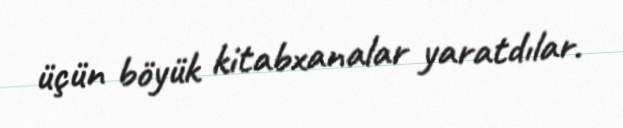
üçün böyük kitabxanalar yaratdılar.